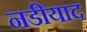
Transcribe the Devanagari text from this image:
नडीयाद